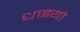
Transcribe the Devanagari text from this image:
धाइयो